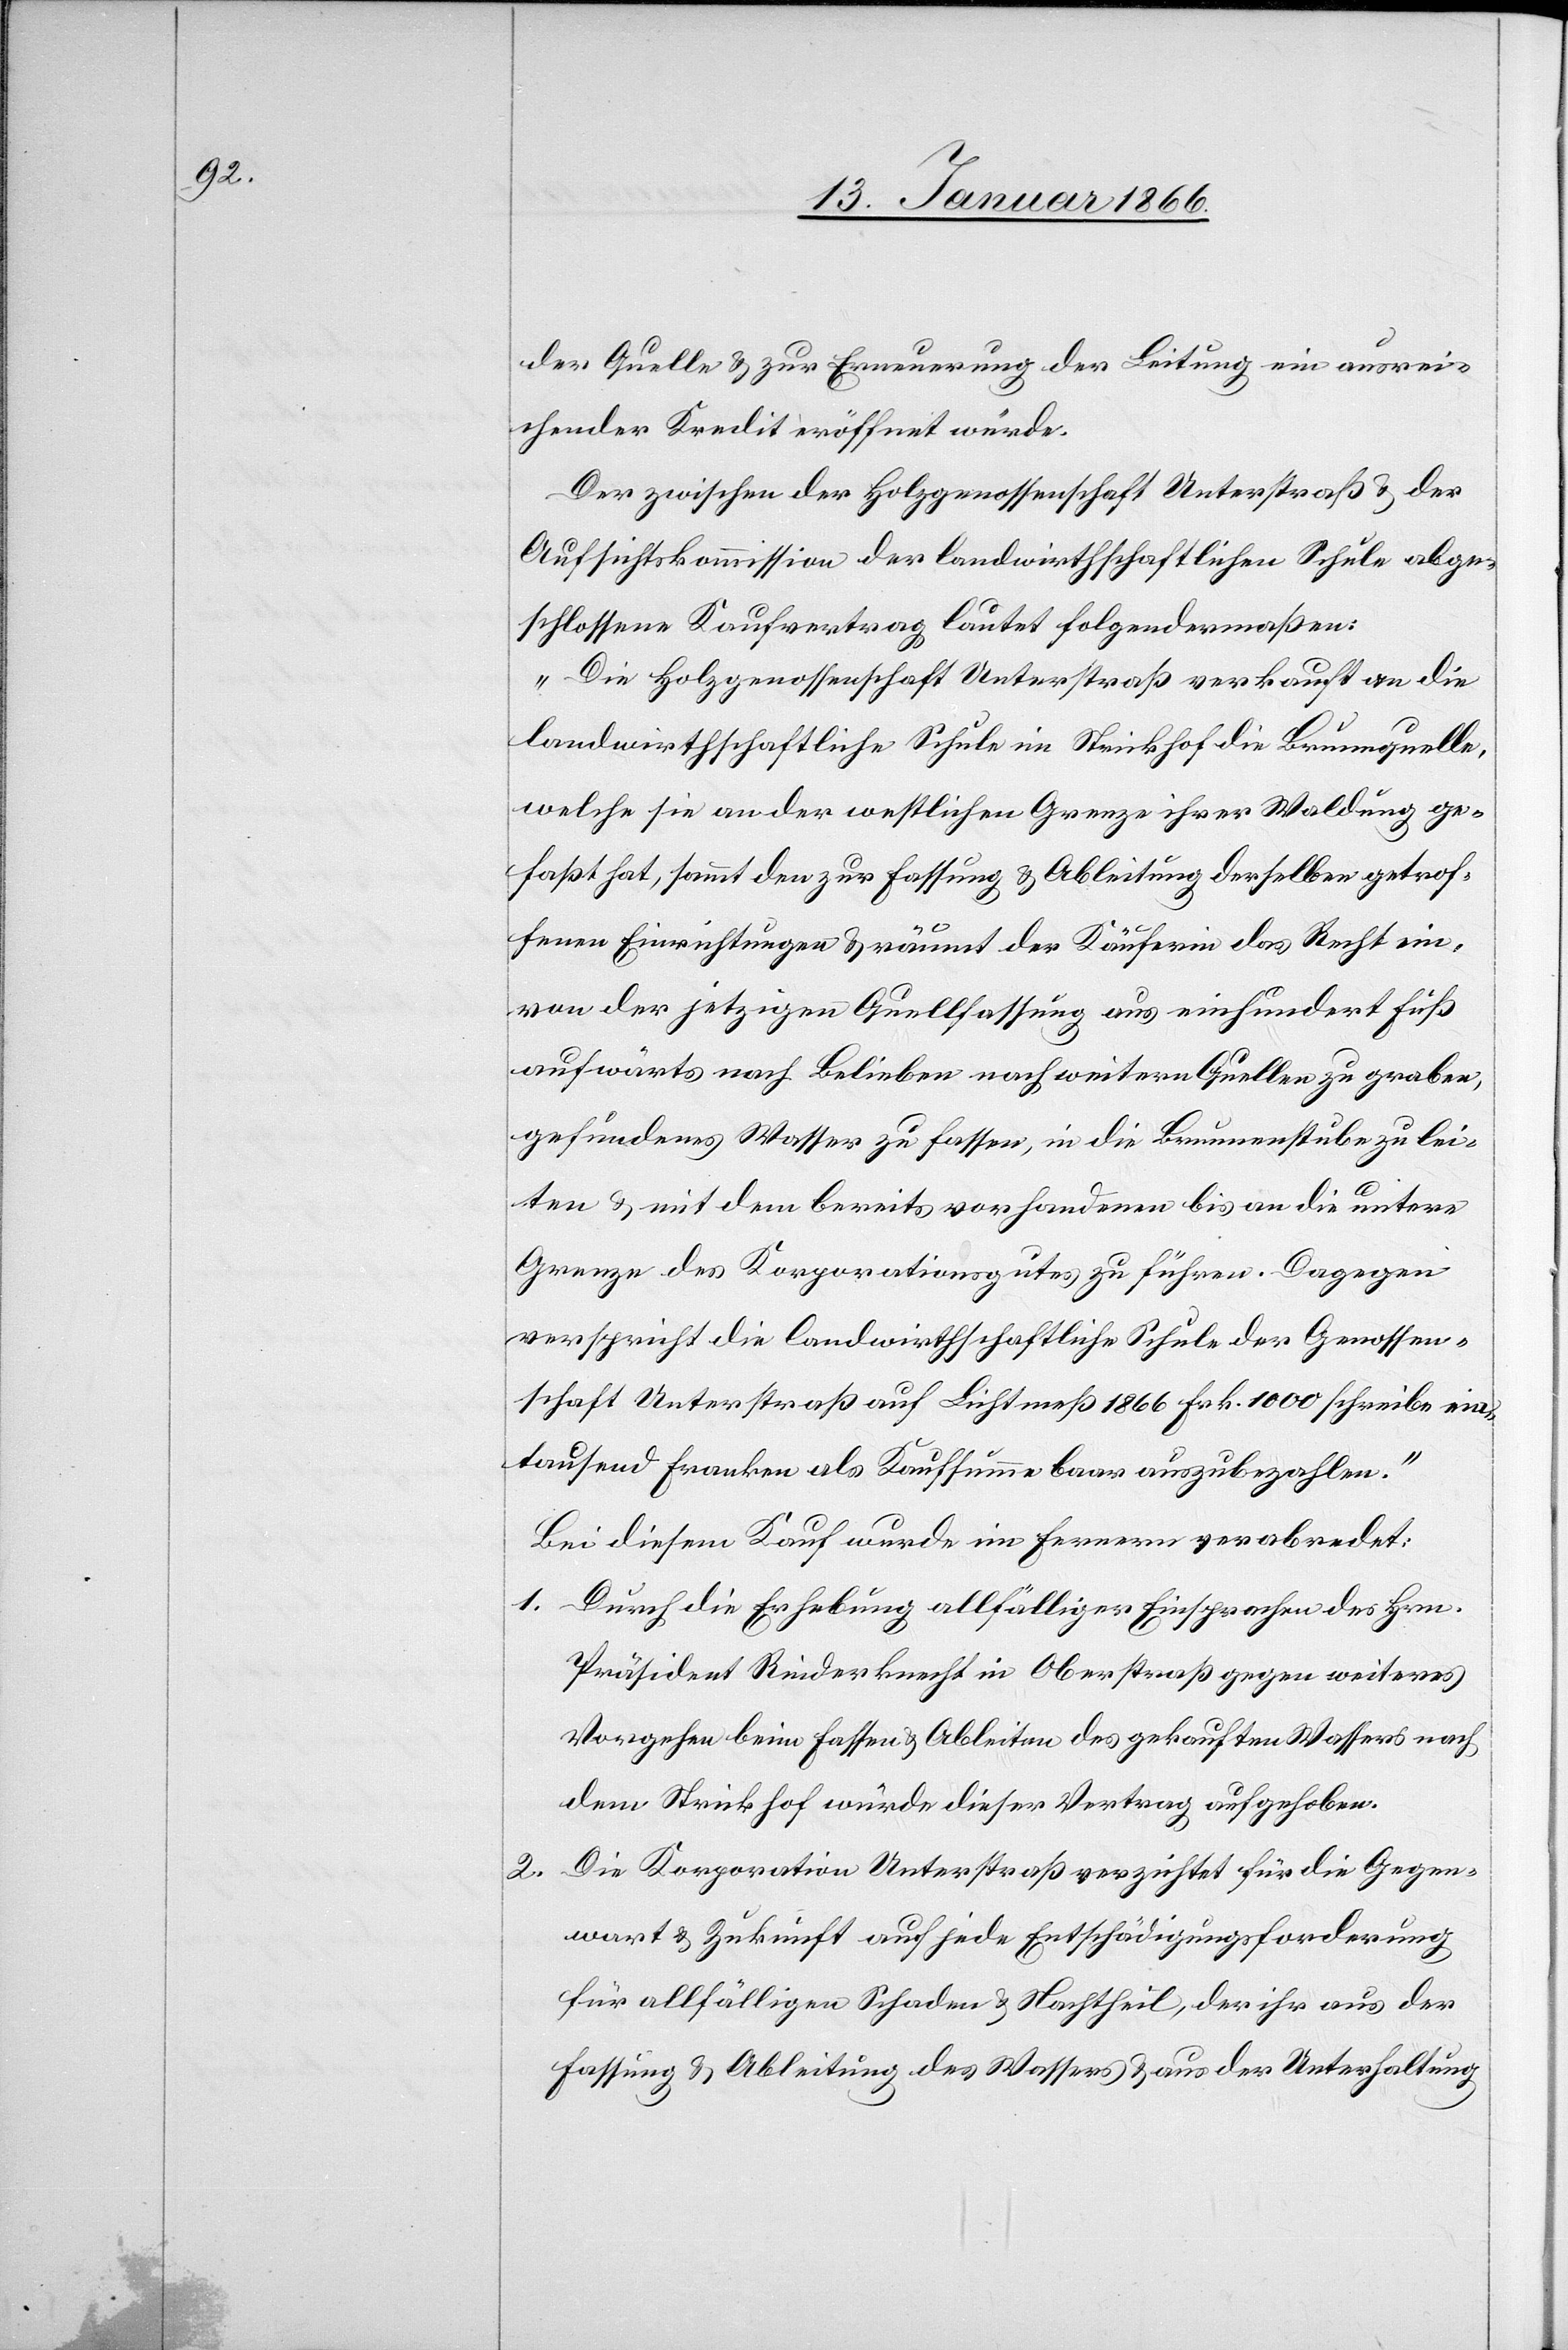
der Quelle u. zur Erneuerung der Leitung ein ausrei¬
chender Kredit eröffnet würde.
Der zwischen der Holzgenossenschaft Unterstraß u. der
Aufsichtskommission der landwirthschaftlichen Schule abge¬
schlossene Kaufvertrag lautet folgendermaßen:
„Die Holzgenossenschaft Unterstraß verkauft an die
landwirthschaftliche Schule im Strickhof die Brunnenquelle,
welche sie an der westlichen Grenze ihrer Waldung ge¬
faßt hat, sammt den zur Fassung u. Ableitung derselben getrof¬
fenen Einrichtungen u. räumt der Käuferin das Recht ein,
von der jetzigen Quellfassung aus einhundert Fuß
aufwärts nach Belieben nach weitern Quellen zu graben,
gefundenes Wasser zu fassen, in die Brunnenstube zu lei¬
ten u. mit dem bereits vorhandenen bis an die untere
Grenze des Korporationsgutes zu führen. Dagegen
verspricht die landwirthschaftliche Schule der Genossen¬
schaft Unterstraß auf Lichtmeß 1866 Frk. 1000 schreibe ein¬
tausend Franken als Kaufsumme baar auszubezahlen.“
Bei diesem Kauf wurde im Fernern verabredet:
1. Durch die Erhebung allfälliger Einsprachen des Hrn
Präsident Rinderknecht in Oberstraß gegen weiteres
Vorgehen beim Fassen u. Ableiten des gekauften Wassers nach
dem Strickhof würde dieser Vertrag aufgehoben.
2. Die Korporation Unterstraß verzichtet für die Gegen¬
wart u. Zukunft auf jede Entschädigungsforderung
für allfälligen Schaden u. Nachtheil, der ihr aus der
Fassung u. Ableitung des Wassers u. aus der Unterhaltung